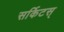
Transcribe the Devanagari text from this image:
सर्किटस्